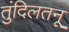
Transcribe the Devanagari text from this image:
तुंदिलतनू